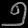
Digit: ၅